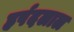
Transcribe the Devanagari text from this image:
हर्षदलाल